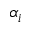
\alpha _ { i }